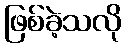
ဖြစ်ခဲ့သလို